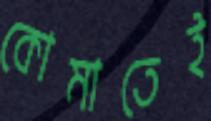
কোমাতেই